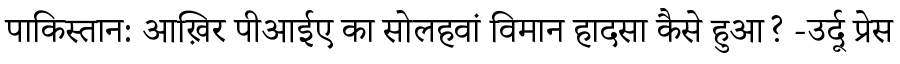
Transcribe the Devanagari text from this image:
पाकिस्तान: आख़िर पीआईए का सोलहवां विमान हादसा कैसे हुआ? -उर्दू प्रेस